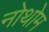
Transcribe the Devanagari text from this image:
नोथोम